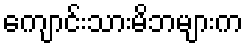
ကျောင်းသားမိဘများက